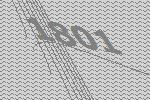
1801